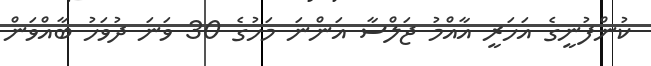
ކުންފުނީގެ އަހަރީ އާއްމު ޖަލްސާ އަންނަ މަހުގެ 30 ވަނަ ދުވަހު ބާއްވަން